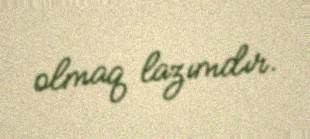
olmaq lazımdır.